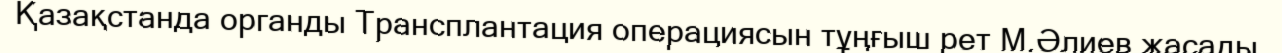
Қазақстанда органды Трансплантация операциясын тұңғыш рет М.Әлиев жасады.